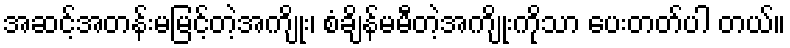
အဆင့်အတန်းမမြင့်တဲ့အကျိုး၊ စံချိန်မမီတဲ့အကျိုးကိုသာ ပေးတတ်ပါ တယ်။